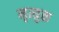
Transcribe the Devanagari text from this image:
मृत्युक